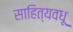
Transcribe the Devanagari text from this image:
साहित्यवधू